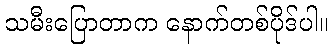
သမီးပြောတာက နောက်တစ်ပိုဒ်ပါ။